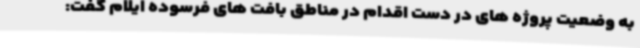
به وضعیت پروژه های در دست اقدام در مناطق بافت های فرسوده ایلام گفت: